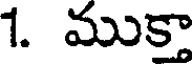
1. ముక్తా